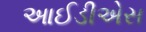
આઈડીએસ